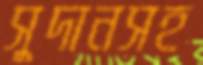
সুদানসহ